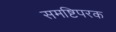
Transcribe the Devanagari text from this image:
समष्टिपरक